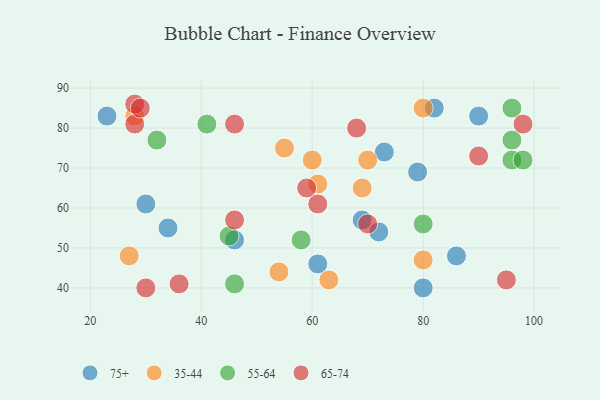
{"axis": {"x": "GDP", "y": "Life Expectancy"}, "legend": ["35-44", "55-64", "65-74", "75+"], "data": [{"x": "61", "y": 46, "type": "75+"}, {"x": "23", "y": 83, "type": "75+"}, {"x": "90", "y": 83, "type": "75+"}, {"x": "82", "y": 85, "type": "75+"}, {"x": "79", "y": 69, "type": "75+"}, {"x": "34", "y": 55, "type": "75+"}, {"x": "46", "y": 52, "type": "75+"}, {"x": "69", "y": 57, "type": "75+"}, {"x": "73", "y": 74, "type": "75+"}, {"x": "72", "y": 54, "type": "75+"}, {"x": "86", "y": 48, "type": "75+"}, {"x": "80", "y": 40, "type": "75+"}, {"x": "30", "y": 61, "type": "75+"}, {"x": "69", "y": 65, "type": "35-44"}, {"x": "27", "y": 48, "type": "35-44"}, {"x": "60", "y": 72, "type": "35-44"}, {"x": "54", "y": 44, "type": "35-44"}, {"x": "80", "y": 85, "type": "35-44"}, {"x": "55", "y": 75, "type": "35-44"}, {"x": "70", "y": 72, "type": "35-44"}, {"x": "28", "y": 83, "type": "35-44"}, {"x": "61", "y": 66, "type": "35-44"}, {"x": "80", "y": 47, "type": "35-44"}, {"x": "63", "y": 42, "type": "35-44"}, {"x": "45", "y": 53, "type": "55-64"}, {"x": "96", "y": 77, "type": "55-64"}, {"x": "96", "y": 72, "type": "55-64"}, {"x": "58", "y": 52, "type": "55-64"}, {"x": "32", "y": 77, "type": "55-64"}, {"x": "98", "y": 72, "type": "55-64"}, {"x": "80", "y": 56, "type": "55-64"}, {"x": "96", "y": 85, "type": "55-64"}, {"x": "41", "y": 81, "type": "55-64"}, {"x": "46", "y": 41, "type": "55-64"}, {"x": "30", "y": 40, "type": "65-74"}, {"x": "28", "y": 81, "type": "65-74"}, {"x": "98", "y": 81, "type": "65-74"}, {"x": "90", "y": 73, "type": "65-74"}, {"x": "70", "y": 56, "type": "65-74"}, {"x": "46", "y": 81, "type": "65-74"}, {"x": "61", "y": 61, "type": "65-74"}, {"x": "28", "y": 86, "type": "65-74"}, {"x": "29", "y": 85, "type": "65-74"}, {"x": "36", "y": 41, "type": "65-74"}, {"x": "95", "y": 42, "type": "65-74"}, {"x": "59", "y": 65, "type": "65-74"}, {"x": "68", "y": 80, "type": "65-74"}, {"x": "46", "y": 57, "type": "65-74"}]}